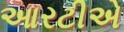
આરટીએ